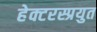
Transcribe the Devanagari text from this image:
हेक्टरस्प्रयुत